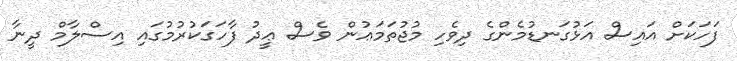
ފަހަކަށް އައިސް އަޅުގަނޑުމެންގެ ދިވެހި މުޖުތަމަޢުން ވެސް ޢީދު ފާހަގަކުރުމުގައި އިސްލާމް ދީނާ